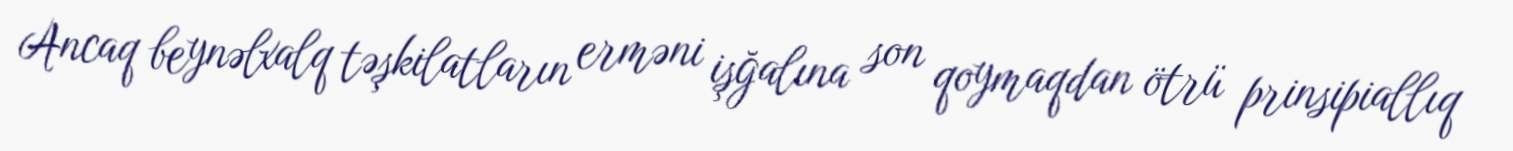
Ancaq beynəlxalq təşkilatların erməni işğalına son qoymaqdan ötrü prinsipiallıq